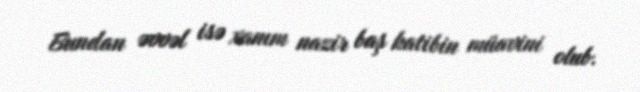
Bundan əvvəl isə xanım nazir baş katibin müavini olub.